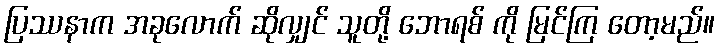
ပြဿနာက အခုလောက် ဆိုလျှင် သူတို့ ဘောရစ် ကို မြင်ကြ တော့မည်။